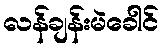
လန်ချန်းမဲခေါင်